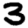
Digit: 3